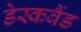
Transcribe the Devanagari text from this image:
डेस्कबैंड